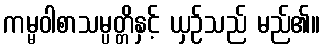
ကမ္မဝါစာသမ္ပတ္တိနှင့် ယှဉ်သည် မည်၏။